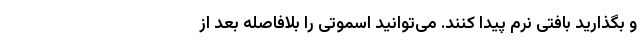
و بگذارید بافتی نرم پیدا کنند. می‌توانید اسموتی را بلافاصله بعد از